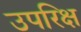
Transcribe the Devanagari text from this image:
उपरिक्ष